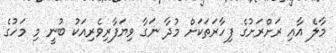
މާލެ އާއި ރަށްރަށުގެ ފިހާރަތަކަށް މުދާ ނަގާ ވިޔަފާރިވެރިއަކު ބުނީ މި މަހުގެ